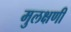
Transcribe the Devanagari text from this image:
मुलक्षणी